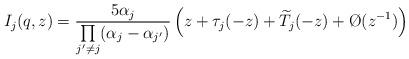
LaTeX: \begin{align*}I_j(q,z)=\frac{5\alpha_j}{\prod\limits_{j'\neq j}(\alpha_j-\alpha_{j'})}\left(z+\tau_j(-z)+\widetilde{T}_j(-z)+\O(z^{-1})\right)\end{align*}